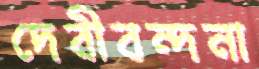
দেবীবন্দনা